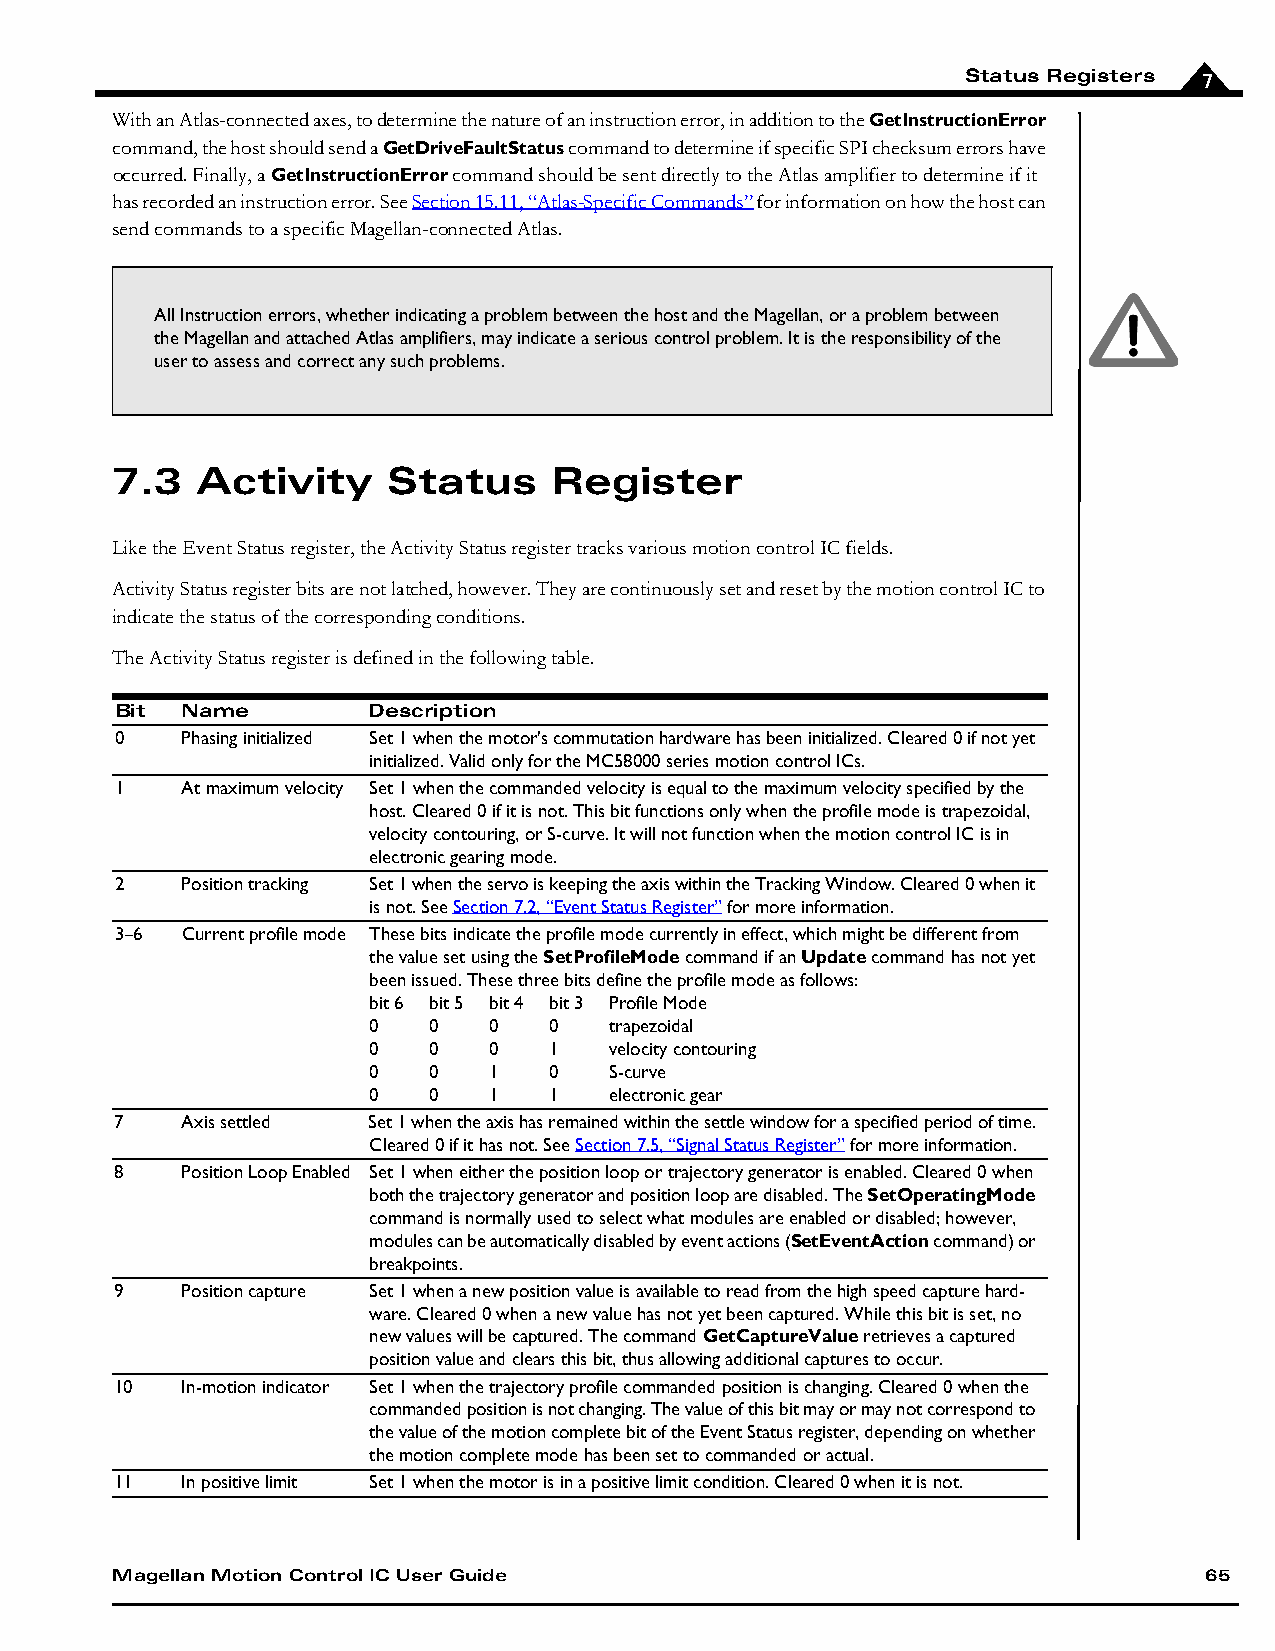
Status Registers 7
 With an Atlas-connected axes, to determine the nature of an instruction error, in addition to the GetInstructionError
 command, the host should send a GetDriveFaultStatus command to determine if specific SPI checksum errors have
 occurred. Finally, a GetInstructionError command should be sent directly to the Atlas amplifier to determine if it
 has recorded an instruction error. See Section 15.11, “Atlas-Specific Commands” for information on how the host can
 send commands to a specific Magellan-connected Atlas.
 All Instruction errors, whether indicating a problem between the host and the Magellan, or a problem between
 the Magellan and attached Atlas amplifiers, may indicate a serious control problem. It is the responsibility of the
 user to assess and correct any such problems.
 7.3   Activity     Status    Register
 Like the Event Status register, the Activity Status register tracks various motion control IC fields.
 Activity Status register bits are not latched, however. They are continuously set and reset by the motion control IC to
 indicate the status of the corresponding conditions.
 The Activity Status register is defined in the following table.
 Bit Name        Description
 0   Phasing initialized Set 1 when the motor's commutation hardware has been initialized. Cleared 0 if not yet
 initialized. Valid only for the MC58000 series motion control ICs.
 1   At maximum velocity Set 1 when the commanded velocity is equal to the maximum velocity specified by the
 host. Cleared 0 if it is not. This bit functions only when the profile mode is trapezoidal,
 velocity contouring, or S-curve. It will not function when the motion control IC is in
 electronic gearing mode.
 2   Position tracking Set 1 when the servo is keeping the axis within the Tracking Window. Cleared 0 when it
 is not. See Section 7.2, “Event Status Register” for more information.
 3–6 Current profile mode These bits indicate the profile mode currently in effect, which might be different from
 the value set using the SetProfileMode command if an Update command has not yet
 been issued. These three bits define the profile mode as follows:
 bit 6 bit 5 bit 4 bit 3 Profile Mode
 0   0   0   0   trapezoidal
 0   0   0   1   velocity contouring
 0   0   1   0   S-curve
 0   0   1   1   electronic gear
 7   Axis settled Set 1 when the axis has remained within the settle window for a specified period of time.
 Cleared 0 if it has not. See Section 7.5, “Signal Status Register” for more information.
 8   Position Loop Enabled Set 1 when either the position loop or trajectory generator is enabled. Cleared 0 when
 both the trajectory generator and position loop are disabled. The SetOperatingMode
 command is normally used to select what modules are enabled or disabled; however,
 modules can be automatically disabled by event actions (SetEventAction command) or
 breakpoints.
 9   Position capture Set 1 when a new position value is available to read from the high speed capture hard-
 ware. Cleared 0 when a new value has not yet been captured. While this bit is set, no
 new values will be captured. The command GetCaptureValue retrieves a captured
 position value and clears this bit, thus allowing additional captures to occur.
 10  In-motion indicator Set 1 when the trajectory profile commanded position is changing. Cleared 0 when the
 commanded position is not changing. The value of this bit may or may not correspond to
 the value of the motion complete bit of the Event Status register, depending on whether
 the motion complete mode has been set to commanded or actual.
 11  In positive limit Set 1 when the motor is in a positive limit condition. Cleared 0 when it is not.
 Magellan Motion Control IC User Guide                                    65